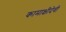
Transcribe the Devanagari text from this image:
कामाक्षीदेवी